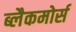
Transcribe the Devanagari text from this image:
ब्लैकमोर्स